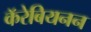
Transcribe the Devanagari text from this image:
कॅरेबियनन